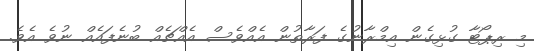
މި ރިޕޯޓާ ގުޅިގެން އިމްރާނުގެ ފަރާތުން އެއްވެސް އެއްޗެއް ބުނެފައެއް ނުވެ އެވެ.